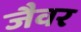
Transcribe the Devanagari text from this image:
जैवर